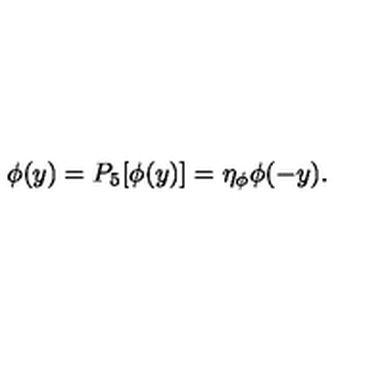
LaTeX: \phi ( y ) = P _ { 5 } [ \phi ( y ) ] = \eta _ { \phi } \phi ( - y ) .